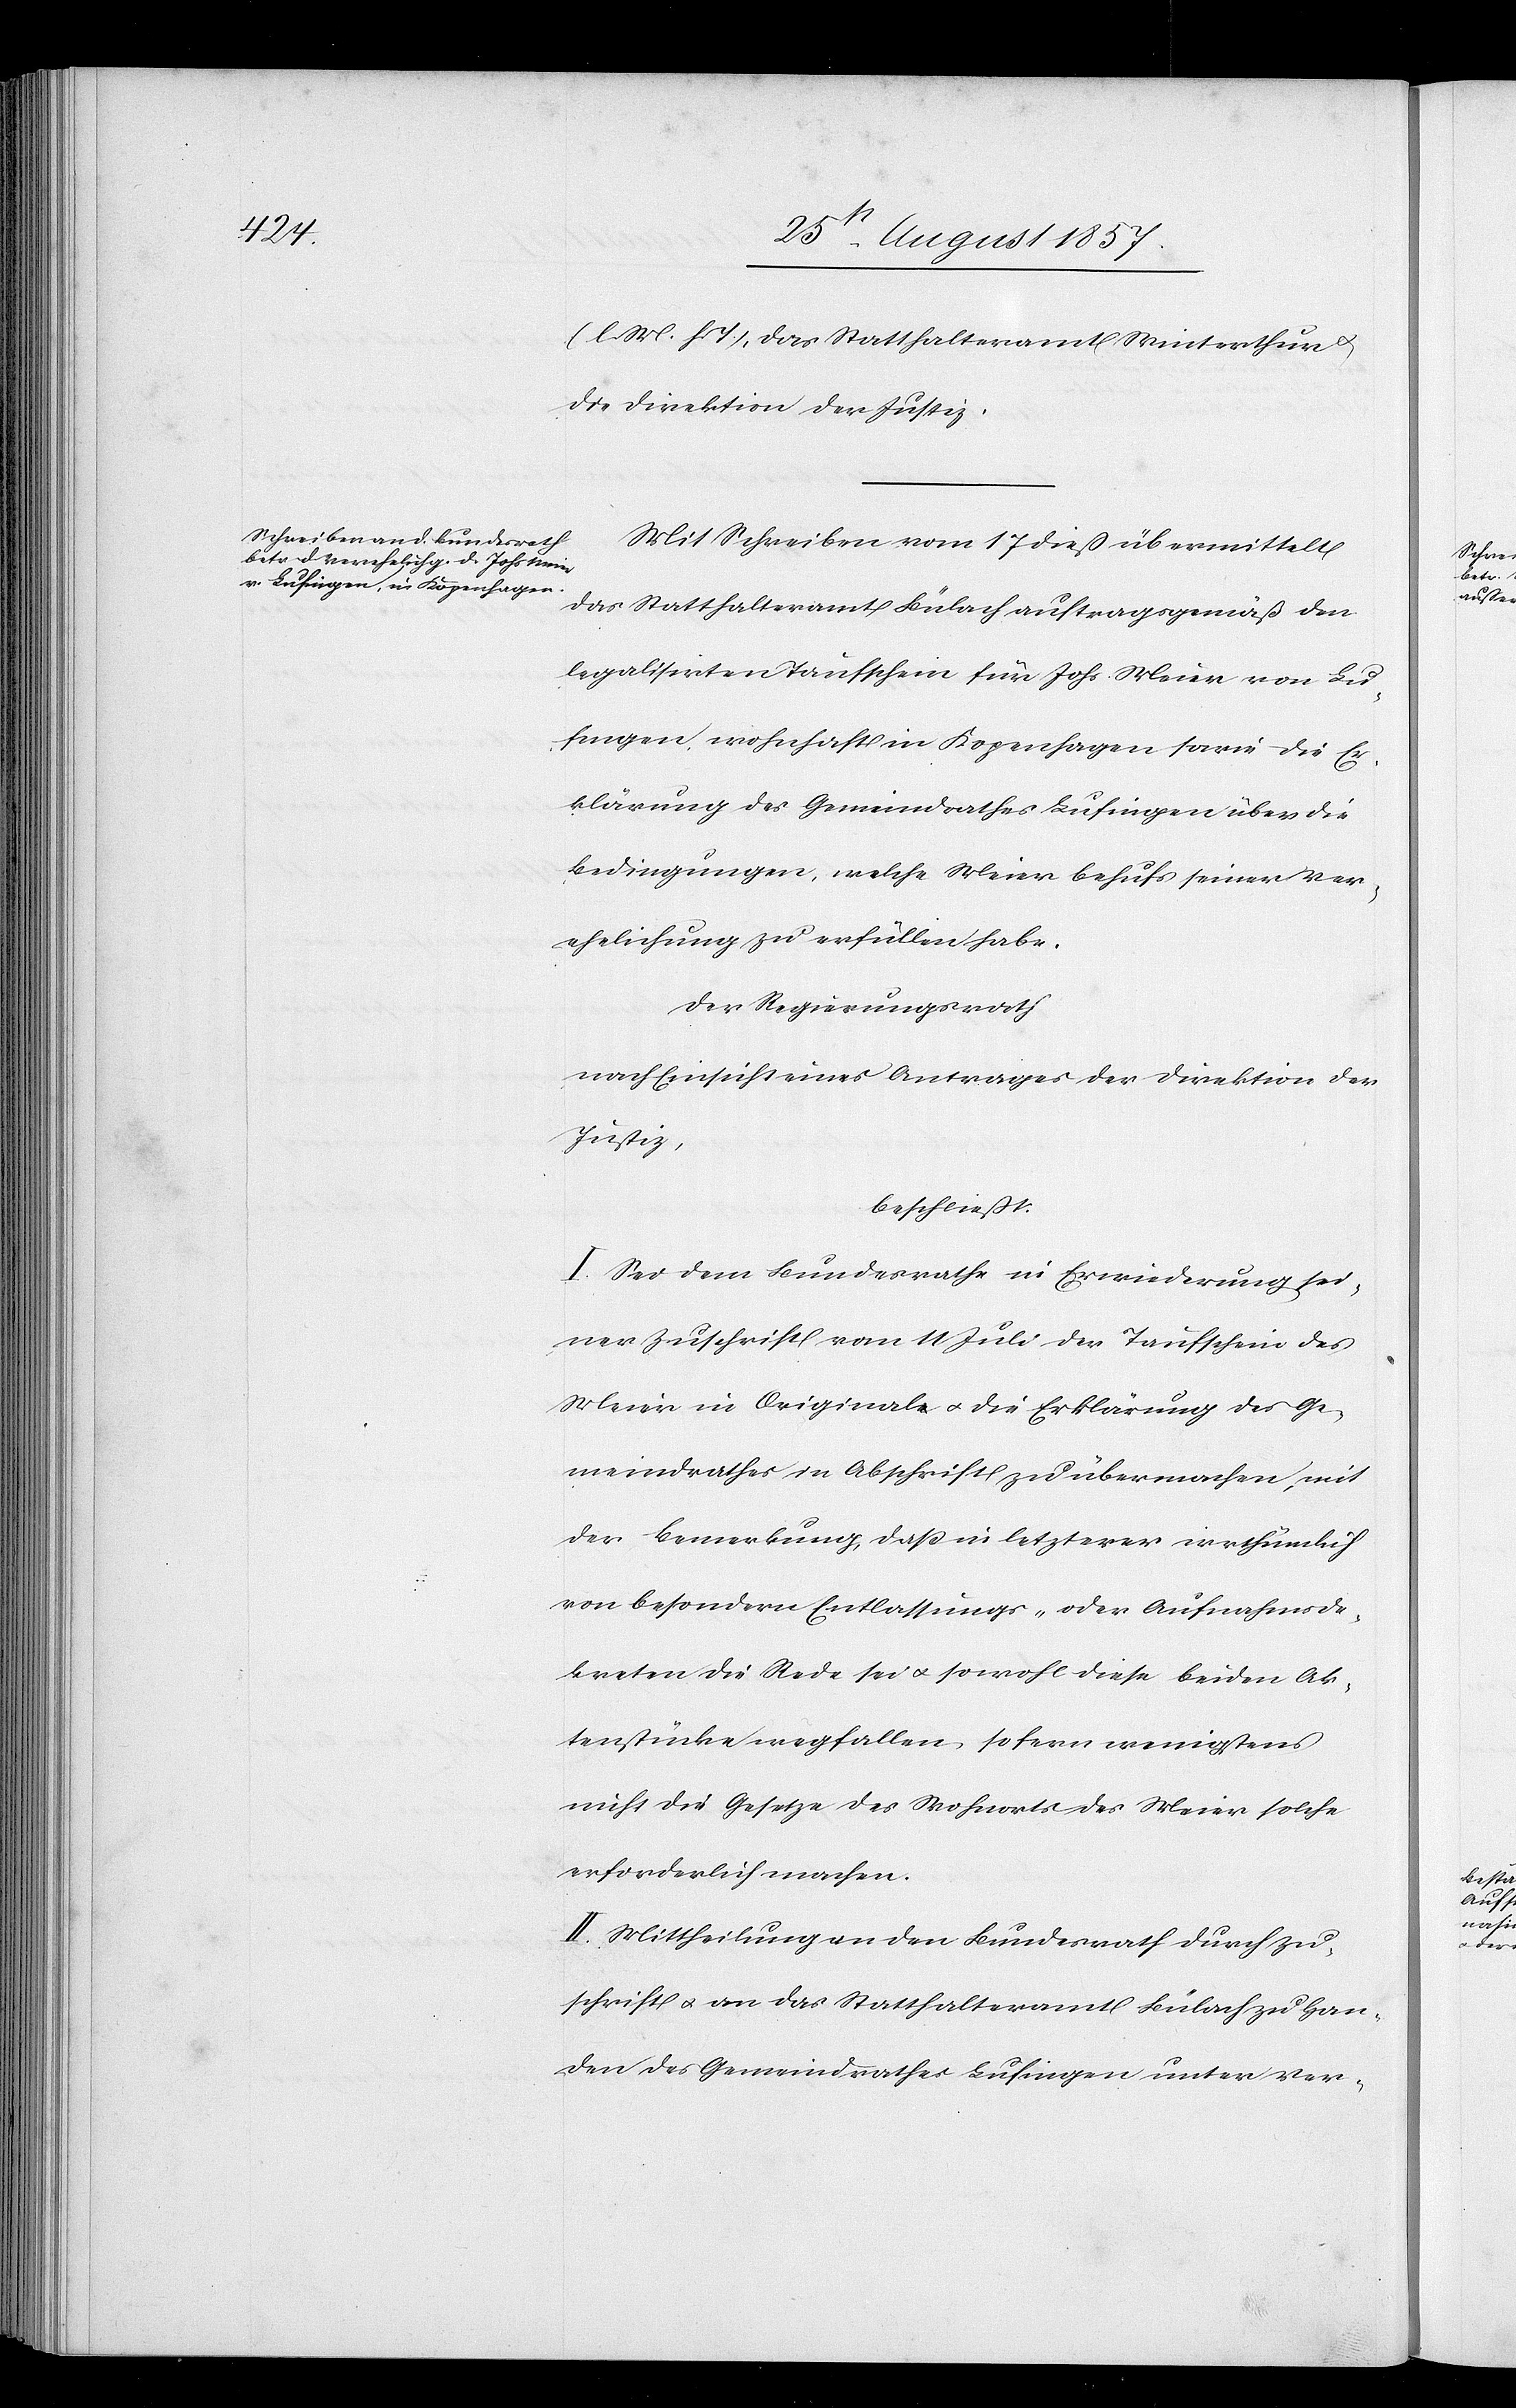
[l. M. h. T], das Statthalteramt Winterthur
die Direktion der Justiz.
Mit Schreiben vom 17 dieß übermittelt
das Statthalteramt Bülach auftragsgemäß den
legalisirten Taufschein für Johs. Meier von Lu¬
fingen, wohnhaft in Kopenhagen sowie die Er¬
klärung des Gemeindrathes Lufingen über die
Bedingungen, welche Meier behufs seiner Ver¬
ehelichung zu erfüllen habe.
Der Regierungsrath,
nach Einsicht eines Antrages der Direktion der
Justiz,
beschließt:
I. Sei dem Bundesrathe in Erwiederung sei¬
ner Zuschrift vom 11 Juli der Taufschein des
Meier in Originale & die Erklärung des Ge¬
meindrathes in Abschrift zu übermachen, mit
der Bemerkung, daß in letzterer irrthümlich
von besondern Entlassungs- oder Aufnahmsde¬
kreten die Rede sei & so wohl diese beiden Ak¬
tenstücke wegfallen, so fern wenigstens
nicht die Gesetze des Wohnorts des Meier solche
erforderlich machen.
II. Mittheilung an den Bundesrath durch Zu¬
schrift & an das Statthalteramt Bülach zu Han¬
den des Gemeindrathes Lufingen unter Ver-